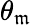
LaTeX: \theta_{\mathfrak{m}}